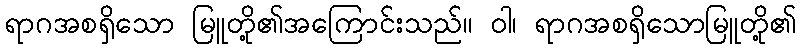
ရာဂအစရှိသော မြူတို့၏အကြောင်းသည်။ ဝါ၊ ရာဂအစရှိသောမြူတို့၏